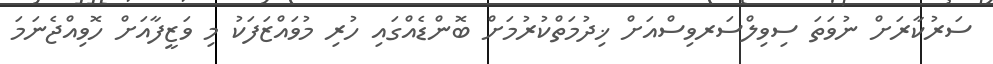
ސަރުކާރަށް ނުވަތަ ސިވިލްސަރވިސްއަށް ޚިދުމަތްކުރުމަށް ބޮންޑެއްގައި ހުރި މުވައްޒަފަކު މި ވަޒީފާއަށް ހޮވިއްޖެނަމަ